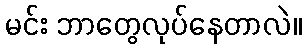
မင်း ဘာတွေလုပ်နေတာလဲ။